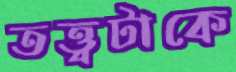
তত্ত্বটাকে